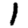
Digit: 1